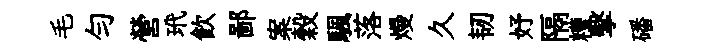
毛勻營玳飲鄙案穀颿落熳久韧妤隔糟擊磻